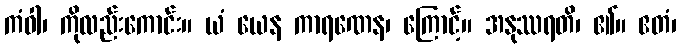
ကံဝါ၊ ကိုလည်းကောင်း။ ယံ ယေန ကာရဏေန၊ ကြောင့်။ အနုဿရတိ၊ ၏။ ဧတံ၊